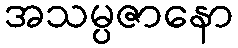
အသမ္ပဇာနော